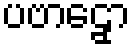
ပဗာဠှော